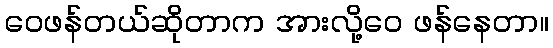
ဝေဖန်တယ်ဆိုတာက အားလို့ဝေ ဖန်နေတာ။